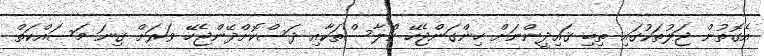
އެގޮތުން ޖަލުތަކުގައި ތިބި ޤައިދީންނަށް ހިންގަންޖެހޭ ކްލާސްތަކާއި ދަސްކޮށްދޭންޖެހޭ ވަރަށް ގިނަ މަސައްކަތް